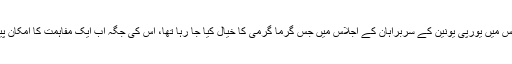
جمعہ اس دو روزہ اجلاس کا آخری دن ہے، جس میں یورپی یونین کے سربراہان کے اجلاس میں جس گرما گرمی کا خیال کیا جا رہا تھا، اس کی جگہ اب ایک مفاہمت کا امکان پیدا ہو گیا ہے جو مثبت قدم خیال کیا جا رہا ہے۔